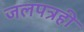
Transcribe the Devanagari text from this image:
जलपत्रही